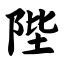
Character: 陛